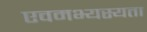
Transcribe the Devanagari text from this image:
एवमभ्यस्यता